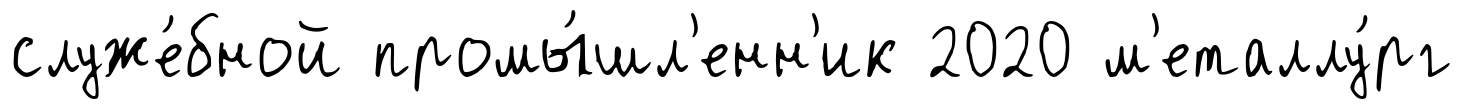
служе́бной промы́шл'енн'ик 2020 м'еталлу́рг